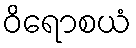
ဝိရောစယံ